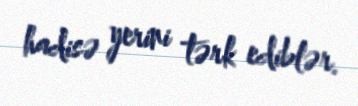
hadisə yerini tərk ediblər.